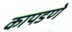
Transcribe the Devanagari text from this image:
कापडणे